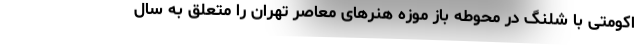
اکومتی با شلنگ در محوطه باز موزه هنرهای معاصر تهران را متعلق به سال